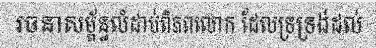
រចនាសម្ព័ន្ធលំដាប់ពិភពលោក ដែលទ្រទ្រង់ដល់